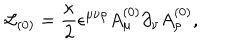
{ \cal L } _ { ( 0 ) } = \frac { \kappa } { 2 } \epsilon ^ { \mu \nu \rho } A _ { \mu } ^ { ( 0 ) } \partial _ { \nu } A _ { \rho } ^ { ( 0 ) } ,